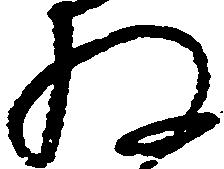
ね